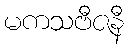
မကသဗီဇနီ